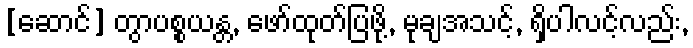
[ဆောင်] တွာပစ္စယန္တ, ဖော်ထုတ်ပြဖို့, မုချအသင့်, ရှိပါလင့်လည်း,